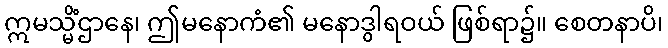
ဣမသ္မိံဌာနေ၊ ဤမနောကံ၏ မနောဒွါရဝယ် ဖြစ်ရာ၌။ စေတနာပိ၊